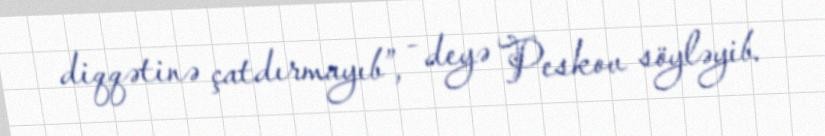
diqqətinə çatdırmayıb”, - deyə Peskov söyləyib.